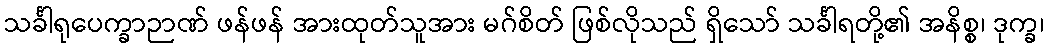
သင်္ခါရုပေက္ခာဉာဏ် ဖန်ဖန် အားထုတ်သူအား မဂ်စိတ် ဖြစ်လိုသည် ရှိသော် သင်္ခါရတို့၏ အနိစ္စ၊ ဒုက္ခ၊